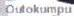
Outokumpu